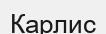
Карлис